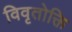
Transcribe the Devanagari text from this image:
विवृतोक्ति